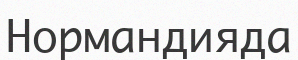
Нормандияда